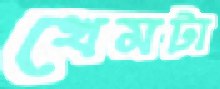
খেমটা